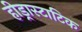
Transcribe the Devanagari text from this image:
हीड्रास्टाटिक